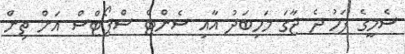
ސެމީގެ ފަހު ދެ ޖާގަ މަހިބަދު އާއި ސެންޓް ސްޕޯޓްސް އަށް ތިން